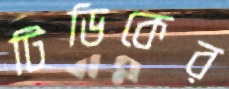
টিডিকের